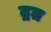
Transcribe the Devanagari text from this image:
द्रत